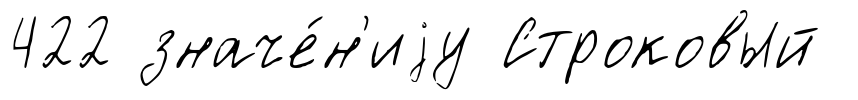
422 значе́н'иjу Строковый